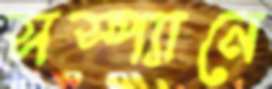
সস্প্যানে